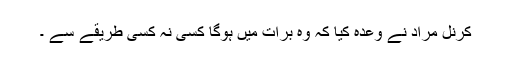
کرنل مراد نے وعدہ کیا کہ وہ برات میں ہوگا کسی نہ کسی طریقے سے ۔